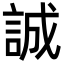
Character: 誠